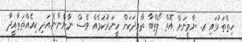
ހިތްތަކުގައި ރ. ޔާމީނަށް އޮތް ލޯތްބާ ތާއީދަކަށް ހީނަރުކަމެއް ވެސް ނާންނާނެ.އަދި ކިއެއްތަތާއީދާ